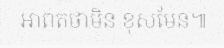
អាពតថាមិន ខុសមែន៕